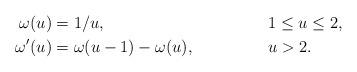
LaTeX: \begin{align*}\qquad\omega(u)&=1/u, &&1\le u\le 2,\qquad\\\omega'(u)&=\omega(u-1)-\omega(u), &&u>2.\end{align*}